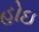
હોઇ